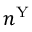
n ^ { \mathrm { Y } }